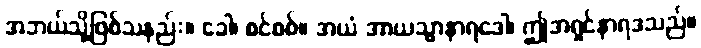
အဘယ်သို့ဖြစ်သနည်း။ ခေါ၊ စင်စစ်။ အယံ အာယသ္မာနာရဒေါ၊ ဤအရှင်နာရဒသည်။